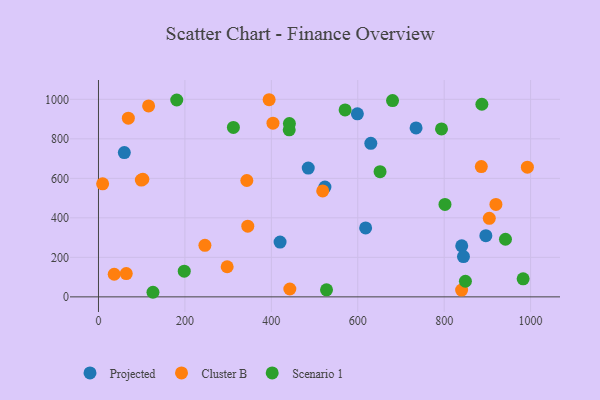
{"axis": {"x": "Study Hours", "y": "Demand"}, "legend": ["Cluster B", "Projected", "Scenario 1"], "data": [{"x": "524.0", "y": 555.7, "type": "Projected"}, {"x": "896.4", "y": 309.6, "type": "Projected"}, {"x": "420.2", "y": 277.2, "type": "Projected"}, {"x": "599.1", "y": 926.4, "type": "Projected"}, {"x": "840.6", "y": 258.5, "type": "Projected"}, {"x": "630.2", "y": 777.3, "type": "Projected"}, {"x": "485.4", "y": 652.0, "type": "Projected"}, {"x": "844.6", "y": 203.7, "type": "Projected"}, {"x": "734.9", "y": 855.2, "type": "Projected"}, {"x": "59.8", "y": 730.4, "type": "Projected"}, {"x": "618.2", "y": 349.1, "type": "Projected"}, {"x": "904.4", "y": 397.3, "type": "Cluster B"}, {"x": "69.1", "y": 904.3, "type": "Cluster B"}, {"x": "885.9", "y": 659.4, "type": "Cluster B"}, {"x": "992.5", "y": 656.7, "type": "Cluster B"}, {"x": "116.0", "y": 966.7, "type": "Cluster B"}, {"x": "394.9", "y": 997.9, "type": "Cluster B"}, {"x": "246.3", "y": 260.7, "type": "Cluster B"}, {"x": "345.5", "y": 357.6, "type": "Cluster B"}, {"x": "36.4", "y": 114.4, "type": "Cluster B"}, {"x": "840.3", "y": 34.2, "type": "Cluster B"}, {"x": "64.3", "y": 118.1, "type": "Cluster B"}, {"x": "403.8", "y": 879.3, "type": "Cluster B"}, {"x": "919.7", "y": 468.1, "type": "Cluster B"}, {"x": "518.9", "y": 536.2, "type": "Cluster B"}, {"x": "343.3", "y": 589.1, "type": "Cluster B"}, {"x": "297.8", "y": 152.5, "type": "Cluster B"}, {"x": "102.7", "y": 595.4, "type": "Cluster B"}, {"x": "9.6", "y": 572.2, "type": "Cluster B"}, {"x": "99.2", "y": 591.1, "type": "Cluster B"}, {"x": "442.8", "y": 39.9, "type": "Cluster B"}, {"x": "680.5", "y": 993.4, "type": "Scenario 1"}, {"x": "181.1", "y": 996.5, "type": "Scenario 1"}, {"x": "441.4", "y": 845.6, "type": "Scenario 1"}, {"x": "651.6", "y": 633.8, "type": "Scenario 1"}, {"x": "941.8", "y": 291.7, "type": "Scenario 1"}, {"x": "801.8", "y": 467.9, "type": "Scenario 1"}, {"x": "312.2", "y": 857.7, "type": "Scenario 1"}, {"x": "126.1", "y": 23.2, "type": "Scenario 1"}, {"x": "849.1", "y": 78.9, "type": "Scenario 1"}, {"x": "887.2", "y": 975.1, "type": "Scenario 1"}, {"x": "198.5", "y": 130.2, "type": "Scenario 1"}, {"x": "441.8", "y": 877.4, "type": "Scenario 1"}, {"x": "527.7", "y": 35.4, "type": "Scenario 1"}, {"x": "793.8", "y": 849.9, "type": "Scenario 1"}, {"x": "570.7", "y": 946.2, "type": "Scenario 1"}, {"x": "982.7", "y": 91.5, "type": "Scenario 1"}]}